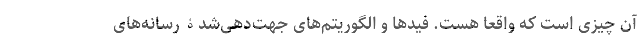
آن چیزی است که واقعاً هست. فیدها و الگوریتم‌های جهت‌دهی‌شدۀ رسانه‌های